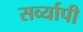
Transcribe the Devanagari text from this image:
सर्व्यापी